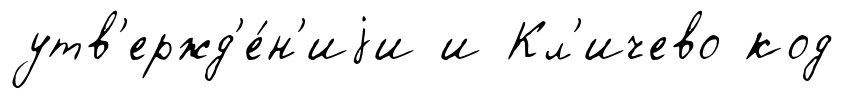
утв'ержд'е́н'иjи и Кл'ичево код